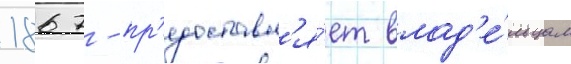
1867 - пр'едоставл'я́ет влад'е́льцам